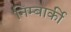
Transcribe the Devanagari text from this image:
निम्बार्की